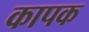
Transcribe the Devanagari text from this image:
कापक